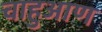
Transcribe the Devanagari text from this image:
चाहुआण